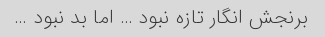
برنجش انگار تازه نبود … اما بد نبود …